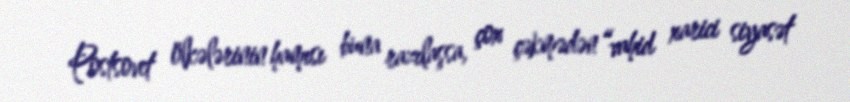
Postsovet ölkələrinin hamısı buna razılaşsa, çox çəkmədən “vahid xarici siyasət